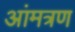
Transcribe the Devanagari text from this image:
आंमत्रण